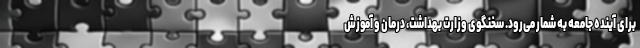
برای آینده جامعه به شمار می‌رود. سخنگوی وزارت بهداشت، درمان و آموزش